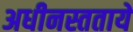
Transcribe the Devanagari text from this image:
अधीनस्ततायें